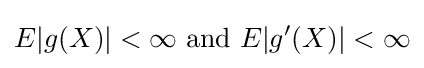
E|g(X)|<\infty {\text{ and }}E|g'(X)|<\infty